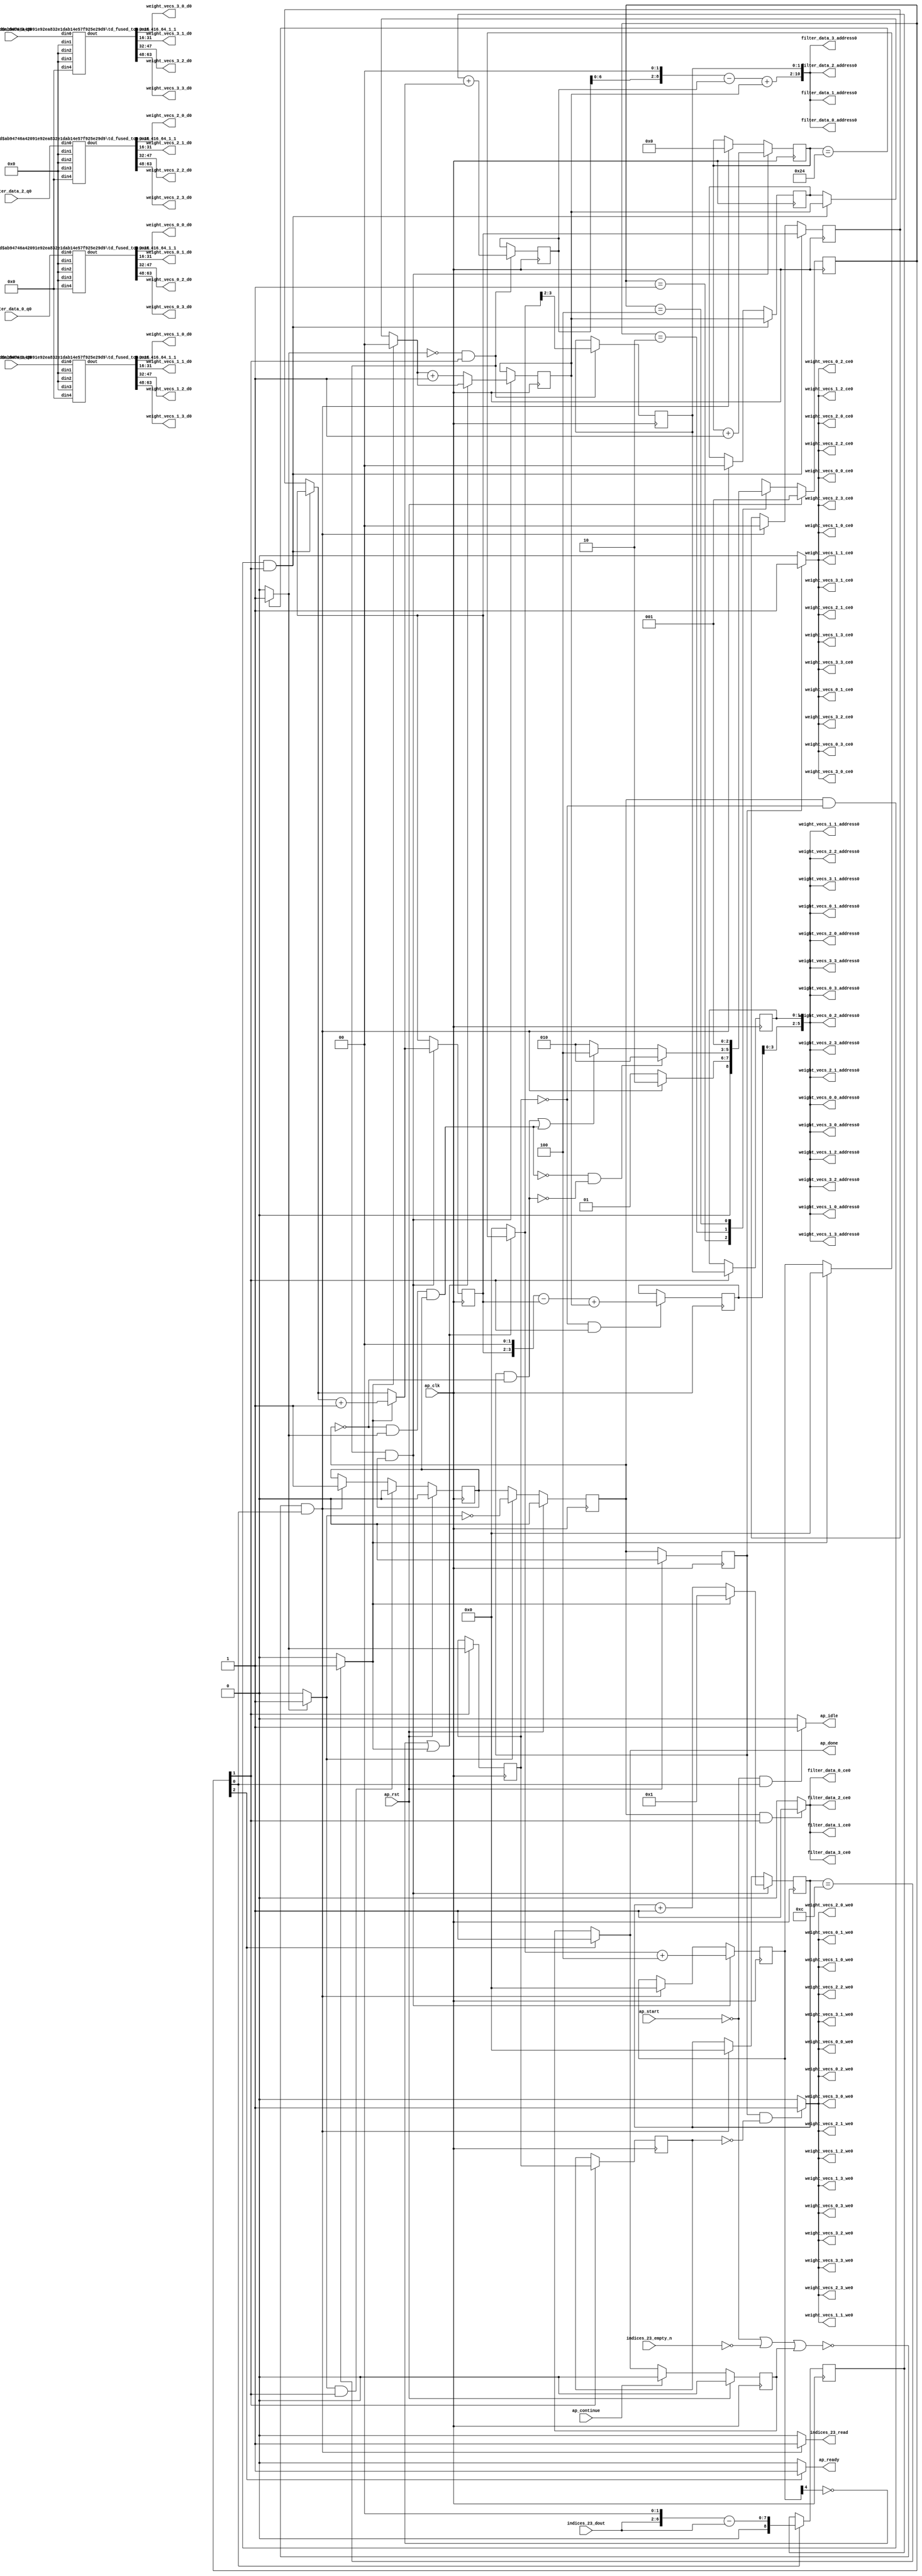
`define EXPONENT 5
`define MANTISSA 10
`define ACTUAL_MANTISSA 11
`define EXPONENT_LSB 10
`define EXPONENT_MSB 14
`define MANTISSA_LSB 0
`define MANTISSA_MSB 9
`define MANTISSA_MUL_SPLIT_LSB 3
`define MANTISSA_MUL_SPLIT_MSB 9
`define SIGN 1
`define SIGN_LOC 15
`define DWIDTH (`SIGN+`EXPONENT+`MANTISSA)
`define IEEE_COMPLIANCE 1

module td_fused_top_tdf4_readFilters36 (
        ap_clk,
        ap_rst,
        ap_start,
        ap_done,
        ap_continue,
        ap_idle,
        ap_ready,
        filter_data_0_address0,
        filter_data_0_ce0,
        filter_data_0_q0,
        filter_data_1_address0,
        filter_data_1_ce0,
        filter_data_1_q0,
        filter_data_2_address0,
        filter_data_2_ce0,
        filter_data_2_q0,
        filter_data_3_address0,
        filter_data_3_ce0,
        filter_data_3_q0,
        indices_23_dout,
        indices_23_empty_n,
        indices_23_read,
        weight_vecs_0_0_address0,
        weight_vecs_0_0_ce0,
        weight_vecs_0_0_we0,
        weight_vecs_0_0_d0,
        weight_vecs_0_1_address0,
        weight_vecs_0_1_ce0,
        weight_vecs_0_1_we0,
        weight_vecs_0_1_d0,
        weight_vecs_0_2_address0,
        weight_vecs_0_2_ce0,
        weight_vecs_0_2_we0,
        weight_vecs_0_2_d0,
        weight_vecs_0_3_address0,
        weight_vecs_0_3_ce0,
        weight_vecs_0_3_we0,
        weight_vecs_0_3_d0,
        weight_vecs_1_0_address0,
        weight_vecs_1_0_ce0,
        weight_vecs_1_0_we0,
        weight_vecs_1_0_d0,
        weight_vecs_1_1_address0,
        weight_vecs_1_1_ce0,
        weight_vecs_1_1_we0,
        weight_vecs_1_1_d0,
        weight_vecs_1_2_address0,
        weight_vecs_1_2_ce0,
        weight_vecs_1_2_we0,
        weight_vecs_1_2_d0,
        weight_vecs_1_3_address0,
        weight_vecs_1_3_ce0,
        weight_vecs_1_3_we0,
        weight_vecs_1_3_d0,
        weight_vecs_2_0_address0,
        weight_vecs_2_0_ce0,
        weight_vecs_2_0_we0,
        weight_vecs_2_0_d0,
        weight_vecs_2_1_address0,
        weight_vecs_2_1_ce0,
        weight_vecs_2_1_we0,
        weight_vecs_2_1_d0,
        weight_vecs_2_2_address0,
        weight_vecs_2_2_ce0,
        weight_vecs_2_2_we0,
        weight_vecs_2_2_d0,
        weight_vecs_2_3_address0,
        weight_vecs_2_3_ce0,
        weight_vecs_2_3_we0,
        weight_vecs_2_3_d0,
        weight_vecs_3_0_address0,
        weight_vecs_3_0_ce0,
        weight_vecs_3_0_we0,
        weight_vecs_3_0_d0,
        weight_vecs_3_1_address0,
        weight_vecs_3_1_ce0,
        weight_vecs_3_1_we0,
        weight_vecs_3_1_d0,
        weight_vecs_3_2_address0,
        weight_vecs_3_2_ce0,
        weight_vecs_3_2_we0,
        weight_vecs_3_2_d0,
        weight_vecs_3_3_address0,
        weight_vecs_3_3_ce0,
        weight_vecs_3_3_we0,
        weight_vecs_3_3_d0
);

parameter    ap_ST_fsm_state1 = 3'd1;
parameter    ap_ST_fsm_pp0_stage0 = 3'd2;
parameter    ap_ST_fsm_state5 = 3'd4;

input   ap_clk;
input   ap_rst;
input   ap_start;
output   ap_done;
input   ap_continue;
output   ap_idle;
output   ap_ready;
output  [10:0] filter_data_0_address0;
output   filter_data_0_ce0;
input  [63:0] filter_data_0_q0;
output  [10:0] filter_data_1_address0;
output   filter_data_1_ce0;
input  [63:0] filter_data_1_q0;
output  [10:0] filter_data_2_address0;
output   filter_data_2_ce0;
input  [63:0] filter_data_2_q0;
output  [10:0] filter_data_3_address0;
output   filter_data_3_ce0;
input  [63:0] filter_data_3_q0;
input  [4:0] indices_23_dout;
input   indices_23_empty_n;
output   indices_23_read;
output  [5:0] weight_vecs_0_0_address0;
output   weight_vecs_0_0_ce0;
output   weight_vecs_0_0_we0;
output  [15:0] weight_vecs_0_0_d0;
output  [5:0] weight_vecs_0_1_address0;
output   weight_vecs_0_1_ce0;
output   weight_vecs_0_1_we0;
output  [15:0] weight_vecs_0_1_d0;
output  [5:0] weight_vecs_0_2_address0;
output   weight_vecs_0_2_ce0;
output   weight_vecs_0_2_we0;
output  [15:0] weight_vecs_0_2_d0;
output  [5:0] weight_vecs_0_3_address0;
output   weight_vecs_0_3_ce0;
output   weight_vecs_0_3_we0;
output  [15:0] weight_vecs_0_3_d0;
output  [5:0] weight_vecs_1_0_address0;
output   weight_vecs_1_0_ce0;
output   weight_vecs_1_0_we0;
output  [15:0] weight_vecs_1_0_d0;
output  [5:0] weight_vecs_1_1_address0;
output   weight_vecs_1_1_ce0;
output   weight_vecs_1_1_we0;
output  [15:0] weight_vecs_1_1_d0;
output  [5:0] weight_vecs_1_2_address0;
output   weight_vecs_1_2_ce0;
output   weight_vecs_1_2_we0;
output  [15:0] weight_vecs_1_2_d0;
output  [5:0] weight_vecs_1_3_address0;
output   weight_vecs_1_3_ce0;
output   weight_vecs_1_3_we0;
output  [15:0] weight_vecs_1_3_d0;
output  [5:0] weight_vecs_2_0_address0;
output   weight_vecs_2_0_ce0;
output   weight_vecs_2_0_we0;
output  [15:0] weight_vecs_2_0_d0;
output  [5:0] weight_vecs_2_1_address0;
output   weight_vecs_2_1_ce0;
output   weight_vecs_2_1_we0;
output  [15:0] weight_vecs_2_1_d0;
output  [5:0] weight_vecs_2_2_address0;
output   weight_vecs_2_2_ce0;
output   weight_vecs_2_2_we0;
output  [15:0] weight_vecs_2_2_d0;
output  [5:0] weight_vecs_2_3_address0;
output   weight_vecs_2_3_ce0;
output   weight_vecs_2_3_we0;
output  [15:0] weight_vecs_2_3_d0;
output  [5:0] weight_vecs_3_0_address0;
output   weight_vecs_3_0_ce0;
output   weight_vecs_3_0_we0;
output  [15:0] weight_vecs_3_0_d0;
output  [5:0] weight_vecs_3_1_address0;
output   weight_vecs_3_1_ce0;
output   weight_vecs_3_1_we0;
output  [15:0] weight_vecs_3_1_d0;
output  [5:0] weight_vecs_3_2_address0;
output   weight_vecs_3_2_ce0;
output   weight_vecs_3_2_we0;
output  [15:0] weight_vecs_3_2_d0;
output  [5:0] weight_vecs_3_3_address0;
output   weight_vecs_3_3_ce0;
output   weight_vecs_3_3_we0;
output  [15:0] weight_vecs_3_3_d0;

reg ap_done;
reg ap_idle;
reg ap_ready;
reg filter_data_0_ce0;
reg filter_data_1_ce0;
reg filter_data_2_ce0;
reg filter_data_3_ce0;
reg indices_23_read;
reg weight_vecs_0_0_ce0;
reg weight_vecs_0_0_we0;
reg weight_vecs_0_1_ce0;
reg weight_vecs_0_1_we0;
reg weight_vecs_0_2_ce0;
reg weight_vecs_0_2_we0;
reg weight_vecs_0_3_ce0;
reg weight_vecs_0_3_we0;
reg weight_vecs_1_0_ce0;
reg weight_vecs_1_0_we0;
reg weight_vecs_1_1_ce0;
reg weight_vecs_1_1_we0;
reg weight_vecs_1_2_ce0;
reg weight_vecs_1_2_we0;
reg weight_vecs_1_3_ce0;
reg weight_vecs_1_3_we0;
reg weight_vecs_2_0_ce0;
reg weight_vecs_2_0_we0;
reg weight_vecs_2_1_ce0;
reg weight_vecs_2_1_we0;
reg weight_vecs_2_2_ce0;
reg weight_vecs_2_2_we0;
reg weight_vecs_2_3_ce0;
reg weight_vecs_2_3_we0;
reg weight_vecs_3_0_ce0;
reg weight_vecs_3_0_we0;
reg weight_vecs_3_1_ce0;
reg weight_vecs_3_1_we0;
reg weight_vecs_3_2_ce0;
reg weight_vecs_3_2_we0;
reg weight_vecs_3_3_ce0;
reg weight_vecs_3_3_we0;

reg    ap_done_reg;
  reg   [2:0] ap_CS_fsm;
wire    ap_CS_fsm_state1;
reg    indices_23_blk_n;
reg   [5:0] indvar_flatten13_reg_412;
reg   [1:0] ii_reg_423;
reg   [4:0] indvar_flatten_reg_434;
reg   [1:0] jj_reg_445;
reg   [4:0] kk_reg_456;
wire   [8:0] sext_ln47_fu_489_p1;
reg   [8:0] sext_ln47_reg_993;
wire   [5:0] add_ln47_4_fu_493_p2;
wire    ap_CS_fsm_pp0_stage0;
reg    ap_enable_reg_pp0_iter0;
wire    ap_block_state2_pp0_stage0_iter0;
wire    ap_block_state3_pp0_stage0_iter1;
wire    ap_block_state4_pp0_stage0_iter2;
wire    ap_block_pp0_stage0_11001;
wire   [0:0] icmp_ln47_fu_499_p2;
reg   [0:0] icmp_ln47_reg_1003;
reg   [0:0] icmp_ln47_reg_1003_pp0_iter1_reg;
wire   [1:0] select_ln47_8_fu_533_p3;
reg   [1:0] select_ln47_8_reg_1007;
wire   [8:0] add_ln55_fu_545_p2;
reg   [8:0] add_ln55_reg_1014;
wire   [1:0] select_ln48_7_fu_584_p3;
reg   [1:0] select_ln48_7_reg_1020;
reg   [1:0] lshr_ln_reg_1027;
reg   [1:0] lshr_ln_reg_1027_pp0_iter1_reg;
wire   [4:0] add_ln49_fu_602_p2;
wire   [4:0] select_ln48_8_fu_614_p3;
wire   [5:0] add_ln55_8_fu_678_p2;
reg   [5:0] add_ln55_8_reg_1043;
reg    ap_block_state1;
wire    ap_block_pp0_stage0_subdone;
reg    ap_condition_pp0_exit_iter0_state2;
reg    ap_enable_reg_pp0_iter1;
reg    ap_enable_reg_pp0_iter2;
reg   [1:0] ap_phi_mux_ii_phi_fu_427_p4;
wire    ap_block_pp0_stage0;
reg   [1:0] ap_phi_mux_jj_phi_fu_449_p4;
wire   [63:0] tmp_31_fu_684_p3;
wire   [63:0] sext_ln55_8_fu_701_p1;
wire   [6:0] tmp_29_fu_471_p3;
wire   [7:0] zext_ln55_21_fu_479_p1;
wire   [7:0] zext_ln55_fu_467_p1;
wire   [7:0] sub_ln55_fu_483_p2;
wire   [0:0] icmp_ln48_fu_511_p2;
wire   [1:0] add_ln47_fu_505_p2;
wire   [8:0] zext_ln55_23_fu_541_p1;
wire   [0:0] tmp_52_fu_550_p3;
wire   [0:0] xor_ln49_fu_558_p2;
wire   [1:0] select_ln47_fu_517_p3;
wire   [0:0] or_ln47_fu_564_p2;
wire   [4:0] select_ln47_7_fu_525_p3;
wire   [1:0] add_ln48_fu_570_p2;
wire   [4:0] select_ln48_fu_576_p3;
wire   [4:0] add_ln48_4_fu_608_p2;
wire   [10:0] tmp_51_fu_628_p3;
wire   [61:0] sext_ln55_7_fu_635_p1;
wire   [61:0] sext_ln55_fu_625_p1;
wire   [3:0] tmp_30_fu_645_p3;
wire   [4:0] zext_ln55_24_fu_652_p1;
wire   [4:0] zext_ln55_22_fu_622_p1;
wire   [4:0] sub_ln55_8_fu_656_p2;
wire   [61:0] sub_ln55_7_fu_639_p2;
wire   [61:0] zext_ln55_26_fu_669_p1;
wire   [5:0] sext_ln48_fu_662_p1;
wire   [5:0] zext_ln55_25_fu_666_p1;
wire   [61:0] add_ln55_7_fu_672_p2;
wire   [7:0] tmp_53_fu_695_p3;
wire   [63:0] tmp_fu_721_p6;
wire   [15:0] trunc_ln55_fu_735_p1;
wire   [63:0] tmp_s_fu_744_p6;
wire   [15:0] trunc_ln55_10_fu_758_p1;
wire   [63:0] tmp_1_fu_767_p6;
wire   [15:0] trunc_ln55_11_fu_781_p1;
wire   [63:0] tmp_2_fu_790_p6;
wire   [15:0] trunc_ln55_12_fu_804_p1;
wire   [15:0] tmp_155_i_i_fu_813_p4;
wire   [15:0] tmp_157_i_i_fu_828_p4;
wire   [15:0] tmp_159_i_i_fu_843_p4;
wire   [15:0] tmp_161_i_i_fu_858_p4;
wire   [15:0] tmp_163_i_i_fu_873_p4;
wire   [15:0] tmp_165_i_i_fu_888_p4;
wire   [15:0] tmp_167_i_i_fu_903_p4;
wire   [15:0] tmp_169_i_i_fu_918_p4;
wire   [15:0] tmp_171_i_i_fu_933_p4;
wire   [15:0] tmp_173_i_i_fu_948_p4;
wire   [15:0] tmp_175_i_i_fu_963_p4;
wire   [15:0] tmp_177_i_i_fu_978_p4;
wire    ap_CS_fsm_state5;
reg   [2:0] ap_NS_fsm;
reg    ap_idle_pp0;
wire    ap_enable_pp0;
wire    ap_ce_reg;

// power-on initialization
initial begin
#0 ap_done_reg = 1'b0;
#0 ap_CS_fsm = 3'd1;
#0 ap_enable_reg_pp0_iter0 = 1'b0;
#0 ap_enable_reg_pp0_iter1 = 1'b0;
#0 ap_enable_reg_pp0_iter2 = 1'b0;
end

td_fused_top_mux_416_64_1_1 #(
    .ID( 1 ),
    .NUM_STAGE( 1 ),
    .din0_WIDTH( 64 ),
    .din1_WIDTH( 64 ),
    .din2_WIDTH( 64 ),
    .din3_WIDTH( 64 ),
    .din4_WIDTH( 16 ),
    .dout_WIDTH( 64 ))
mux_416_64_1_1_U450(
    .din0(filter_data_0_q0),
    .din1(64'd0),
    .din2(64'd0),
    .din3(64'd0),
    .din4(16'd0),
    .dout(tmp_fu_721_p6)
);

td_fused_top_mux_416_64_1_1 #(
    .ID( 1 ),
    .NUM_STAGE( 1 ),
    .din0_WIDTH( 64 ),
    .din1_WIDTH( 64 ),
    .din2_WIDTH( 64 ),
    .din3_WIDTH( 64 ),
    .din4_WIDTH( 16 ),
    .dout_WIDTH( 64 ))
mux_416_64_1_1_U451(
    .din0(filter_data_1_q0),
    .din1(64'd0),
    .din2(64'd0),
    .din3(64'd0),
    .din4(16'd0),
    .dout(tmp_s_fu_744_p6)
);

td_fused_top_mux_416_64_1_1 #(
    .ID( 1 ),
    .NUM_STAGE( 1 ),
    .din0_WIDTH( 64 ),
    .din1_WIDTH( 64 ),
    .din2_WIDTH( 64 ),
    .din3_WIDTH( 64 ),
    .din4_WIDTH( 16 ),
    .dout_WIDTH( 64 ))
mux_416_64_1_1_U452(
    .din0(filter_data_2_q0),
    .din1(64'd0),
    .din2(64'd0),
    .din3(64'd0),
    .din4(16'd0),
    .dout(tmp_1_fu_767_p6)
);

td_fused_top_mux_416_64_1_1 #(
    .ID( 1 ),
    .NUM_STAGE( 1 ),
    .din0_WIDTH( 64 ),
    .din1_WIDTH( 64 ),
    .din2_WIDTH( 64 ),
    .din3_WIDTH( 64 ),
    .din4_WIDTH( 16 ),
    .dout_WIDTH( 64 ))
mux_416_64_1_1_U453(
    .din0(filter_data_3_q0),
    .din1(64'd0),
    .din2(64'd0),
    .din3(64'd0),
    .din4(16'd0),
    .dout(tmp_2_fu_790_p6)
);

always @ (posedge ap_clk) begin
    if (ap_rst == 1'b1) begin
        ap_CS_fsm <= ap_ST_fsm_state1;
    end else begin
        ap_CS_fsm <= ap_NS_fsm;
    end
end

always @ (posedge ap_clk) begin
    if (ap_rst == 1'b1) begin
        ap_done_reg <= 1'b0;
    end else begin
        if ((ap_continue == 1'b1)) begin
            ap_done_reg <= 1'b0;
        end else if ((1'b1 == ap_CS_fsm_state5)) begin
            ap_done_reg <= 1'b1;
        end
    end
end

always @ (posedge ap_clk) begin
    if (ap_rst == 1'b1) begin
        ap_enable_reg_pp0_iter0 <= 1'b0;
    end else begin
        if (((1'b1 == ap_condition_pp0_exit_iter0_state2) & (1'b1 == ap_CS_fsm_pp0_stage0) & (1'b0 == ap_block_pp0_stage0_subdone))) begin
            ap_enable_reg_pp0_iter0 <= 1'b0;
        end else if ((~((ap_start == 1'b0) | (indices_23_empty_n == 1'b0) | (ap_done_reg == 1'b1)) & (1'b1 == ap_CS_fsm_state1))) begin
            ap_enable_reg_pp0_iter0 <= 1'b1;
        end
    end
end

always @ (posedge ap_clk) begin
    if (ap_rst == 1'b1) begin
        ap_enable_reg_pp0_iter1 <= 1'b0;
    end else begin
        if ((1'b0 == ap_block_pp0_stage0_subdone)) begin
            if ((1'b1 == ap_condition_pp0_exit_iter0_state2)) begin
                ap_enable_reg_pp0_iter1 <= (1'b1 ^ ap_condition_pp0_exit_iter0_state2);
            end else if ((1'b1 == 1'b1)) begin
                ap_enable_reg_pp0_iter1 <= ap_enable_reg_pp0_iter0;
            end
        end
    end
end

always @ (posedge ap_clk) begin
    if (ap_rst == 1'b1) begin
        ap_enable_reg_pp0_iter2 <= 1'b0;
    end else begin
        if ((1'b0 == ap_block_pp0_stage0_subdone)) begin
            ap_enable_reg_pp0_iter2 <= ap_enable_reg_pp0_iter1;
        end else if ((~((ap_start == 1'b0) | (indices_23_empty_n == 1'b0) | (ap_done_reg == 1'b1)) & (1'b1 == ap_CS_fsm_state1))) begin
            ap_enable_reg_pp0_iter2 <= 1'b0;
        end
    end
end

always @ (posedge ap_clk) begin
    if (((ap_enable_reg_pp0_iter1 == 1'b1) & (icmp_ln47_reg_1003 == 1'd0) & (1'b1 == ap_CS_fsm_pp0_stage0) & (1'b0 == ap_block_pp0_stage0_11001))) begin
        ii_reg_423 <= select_ln47_8_reg_1007;
    end else if ((~((ap_start == 1'b0) | (indices_23_empty_n == 1'b0) | (ap_done_reg == 1'b1)) & (1'b1 == ap_CS_fsm_state1))) begin
        ii_reg_423 <= 2'd0;
    end
end

always @ (posedge ap_clk) begin
    if (((icmp_ln47_fu_499_p2 == 1'd0) & (1'b1 == ap_CS_fsm_pp0_stage0) & (1'b0 == ap_block_pp0_stage0_11001) & (ap_enable_reg_pp0_iter0 == 1'b1))) begin
        indvar_flatten13_reg_412 <= add_ln47_4_fu_493_p2;
    end else if ((~((ap_start == 1'b0) | (indices_23_empty_n == 1'b0) | (ap_done_reg == 1'b1)) & (1'b1 == ap_CS_fsm_state1))) begin
        indvar_flatten13_reg_412 <= 6'd0;
    end
end

always @ (posedge ap_clk) begin
    if (((icmp_ln47_fu_499_p2 == 1'd0) & (1'b1 == ap_CS_fsm_pp0_stage0) & (1'b0 == ap_block_pp0_stage0_11001) & (ap_enable_reg_pp0_iter0 == 1'b1))) begin
        indvar_flatten_reg_434 <= select_ln48_8_fu_614_p3;
    end else if ((~((ap_start == 1'b0) | (indices_23_empty_n == 1'b0) | (ap_done_reg == 1'b1)) & (1'b1 == ap_CS_fsm_state1))) begin
        indvar_flatten_reg_434 <= 5'd0;
    end
end

always @ (posedge ap_clk) begin
    if (((ap_enable_reg_pp0_iter1 == 1'b1) & (icmp_ln47_reg_1003 == 1'd0) & (1'b1 == ap_CS_fsm_pp0_stage0) & (1'b0 == ap_block_pp0_stage0_11001))) begin
        jj_reg_445 <= select_ln48_7_reg_1020;
    end else if ((~((ap_start == 1'b0) | (indices_23_empty_n == 1'b0) | (ap_done_reg == 1'b1)) & (1'b1 == ap_CS_fsm_state1))) begin
        jj_reg_445 <= 2'd0;
    end
end

always @ (posedge ap_clk) begin
    if (((icmp_ln47_fu_499_p2 == 1'd0) & (1'b1 == ap_CS_fsm_pp0_stage0) & (1'b0 == ap_block_pp0_stage0_11001) & (ap_enable_reg_pp0_iter0 == 1'b1))) begin
        kk_reg_456 <= add_ln49_fu_602_p2;
    end else if ((~((ap_start == 1'b0) | (indices_23_empty_n == 1'b0) | (ap_done_reg == 1'b1)) & (1'b1 == ap_CS_fsm_state1))) begin
        kk_reg_456 <= 5'd0;
    end
end

always @ (posedge ap_clk) begin
    if (((icmp_ln47_reg_1003 == 1'd0) & (1'b1 == ap_CS_fsm_pp0_stage0) & (1'b0 == ap_block_pp0_stage0_11001))) begin
        add_ln55_8_reg_1043 <= add_ln55_8_fu_678_p2;
    end
end

always @ (posedge ap_clk) begin
    if (((icmp_ln47_fu_499_p2 == 1'd0) & (1'b1 == ap_CS_fsm_pp0_stage0) & (1'b0 == ap_block_pp0_stage0_11001))) begin
        add_ln55_reg_1014 <= add_ln55_fu_545_p2;
        lshr_ln_reg_1027 <= {{select_ln48_fu_576_p3[3:2]}};
    end
end

always @ (posedge ap_clk) begin
    if (((1'b1 == ap_CS_fsm_pp0_stage0) & (1'b0 == ap_block_pp0_stage0_11001))) begin
        icmp_ln47_reg_1003 <= icmp_ln47_fu_499_p2;
        icmp_ln47_reg_1003_pp0_iter1_reg <= icmp_ln47_reg_1003;
        lshr_ln_reg_1027_pp0_iter1_reg <= lshr_ln_reg_1027;
    end
end

always @ (posedge ap_clk) begin
    if (((icmp_ln47_fu_499_p2 == 1'd0) & (1'b1 == ap_CS_fsm_pp0_stage0) & (1'b0 == ap_block_pp0_stage0_11001) & (ap_enable_reg_pp0_iter0 == 1'b1))) begin
        select_ln47_8_reg_1007 <= select_ln47_8_fu_533_p3;
        select_ln48_7_reg_1020 <= select_ln48_7_fu_584_p3;
    end
end

always @ (posedge ap_clk) begin
    if ((1'b1 == ap_CS_fsm_state1)) begin
        sext_ln47_reg_993 <= sext_ln47_fu_489_p1;
    end
end

always @ (*) begin
    if ((icmp_ln47_fu_499_p2 == 1'd1)) begin
        ap_condition_pp0_exit_iter0_state2 = 1'b1;
    end else begin
        ap_condition_pp0_exit_iter0_state2 = 1'b0;
    end
end

always @ (*) begin
    if ((1'b1 == ap_CS_fsm_state5)) begin
        ap_done = 1'b1;
    end else begin
        ap_done = ap_done_reg;
    end
end

always @ (*) begin
    if (((ap_start == 1'b0) & (1'b1 == ap_CS_fsm_state1))) begin
        ap_idle = 1'b1;
    end else begin
        ap_idle = 1'b0;
    end
end

always @ (*) begin
    if (((ap_enable_reg_pp0_iter2 == 1'b0) & (ap_enable_reg_pp0_iter1 == 1'b0) & (ap_enable_reg_pp0_iter0 == 1'b0))) begin
        ap_idle_pp0 = 1'b1;
    end else begin
        ap_idle_pp0 = 1'b0;
    end
end

always @ (*) begin
    if (((ap_enable_reg_pp0_iter1 == 1'b1) & (icmp_ln47_reg_1003 == 1'd0) & (1'b1 == ap_CS_fsm_pp0_stage0) & (1'b0 == ap_block_pp0_stage0))) begin
        ap_phi_mux_ii_phi_fu_427_p4 = select_ln47_8_reg_1007;
    end else begin
        ap_phi_mux_ii_phi_fu_427_p4 = ii_reg_423;
    end
end

always @ (*) begin
    if (((ap_enable_reg_pp0_iter1 == 1'b1) & (icmp_ln47_reg_1003 == 1'd0) & (1'b1 == ap_CS_fsm_pp0_stage0) & (1'b0 == ap_block_pp0_stage0))) begin
        ap_phi_mux_jj_phi_fu_449_p4 = select_ln48_7_reg_1020;
    end else begin
        ap_phi_mux_jj_phi_fu_449_p4 = jj_reg_445;
    end
end

always @ (*) begin
    if ((1'b1 == ap_CS_fsm_state5)) begin
        ap_ready = 1'b1;
    end else begin
        ap_ready = 1'b0;
    end
end

always @ (*) begin
    if (((ap_enable_reg_pp0_iter1 == 1'b1) & (1'b1 == ap_CS_fsm_pp0_stage0) & (1'b0 == ap_block_pp0_stage0_11001))) begin
        filter_data_0_ce0 = 1'b1;
    end else begin
        filter_data_0_ce0 = 1'b0;
    end
end

always @ (*) begin
    if (((ap_enable_reg_pp0_iter1 == 1'b1) & (1'b1 == ap_CS_fsm_pp0_stage0) & (1'b0 == ap_block_pp0_stage0_11001))) begin
        filter_data_1_ce0 = 1'b1;
    end else begin
        filter_data_1_ce0 = 1'b0;
    end
end

always @ (*) begin
    if (((ap_enable_reg_pp0_iter1 == 1'b1) & (1'b1 == ap_CS_fsm_pp0_stage0) & (1'b0 == ap_block_pp0_stage0_11001))) begin
        filter_data_2_ce0 = 1'b1;
    end else begin
        filter_data_2_ce0 = 1'b0;
    end
end

always @ (*) begin
    if (((ap_enable_reg_pp0_iter1 == 1'b1) & (1'b1 == ap_CS_fsm_pp0_stage0) & (1'b0 == ap_block_pp0_stage0_11001))) begin
        filter_data_3_ce0 = 1'b1;
    end else begin
        filter_data_3_ce0 = 1'b0;
    end
end

always @ (*) begin
    if ((~((ap_start == 1'b0) | (ap_done_reg == 1'b1)) & (1'b1 == ap_CS_fsm_state1))) begin
        indices_23_blk_n = indices_23_empty_n;
    end else begin
        indices_23_blk_n = 1'b1;
    end
end

always @ (*) begin
    if ((~((ap_start == 1'b0) | (indices_23_empty_n == 1'b0) | (ap_done_reg == 1'b1)) & (1'b1 == ap_CS_fsm_state1))) begin
        indices_23_read = 1'b1;
    end else begin
        indices_23_read = 1'b0;
    end
end

always @ (*) begin
    if (((ap_enable_reg_pp0_iter2 == 1'b1) & (1'b0 == ap_block_pp0_stage0_11001))) begin
        weight_vecs_0_0_ce0 = 1'b1;
    end else begin
        weight_vecs_0_0_ce0 = 1'b0;
    end
end

always @ (*) begin
    if (((ap_enable_reg_pp0_iter2 == 1'b1) & (icmp_ln47_reg_1003_pp0_iter1_reg == 1'd0) & (1'b0 == ap_block_pp0_stage0_11001))) begin
        weight_vecs_0_0_we0 = 1'b1;
    end else begin
        weight_vecs_0_0_we0 = 1'b0;
    end
end

always @ (*) begin
    if (((ap_enable_reg_pp0_iter2 == 1'b1) & (1'b0 == ap_block_pp0_stage0_11001))) begin
        weight_vecs_0_1_ce0 = 1'b1;
    end else begin
        weight_vecs_0_1_ce0 = 1'b0;
    end
end

always @ (*) begin
    if (((ap_enable_reg_pp0_iter2 == 1'b1) & (icmp_ln47_reg_1003_pp0_iter1_reg == 1'd0) & (1'b0 == ap_block_pp0_stage0_11001))) begin
        weight_vecs_0_1_we0 = 1'b1;
    end else begin
        weight_vecs_0_1_we0 = 1'b0;
    end
end

always @ (*) begin
    if (((ap_enable_reg_pp0_iter2 == 1'b1) & (1'b0 == ap_block_pp0_stage0_11001))) begin
        weight_vecs_0_2_ce0 = 1'b1;
    end else begin
        weight_vecs_0_2_ce0 = 1'b0;
    end
end

always @ (*) begin
    if (((ap_enable_reg_pp0_iter2 == 1'b1) & (icmp_ln47_reg_1003_pp0_iter1_reg == 1'd0) & (1'b0 == ap_block_pp0_stage0_11001))) begin
        weight_vecs_0_2_we0 = 1'b1;
    end else begin
        weight_vecs_0_2_we0 = 1'b0;
    end
end

always @ (*) begin
    if (((ap_enable_reg_pp0_iter2 == 1'b1) & (1'b0 == ap_block_pp0_stage0_11001))) begin
        weight_vecs_0_3_ce0 = 1'b1;
    end else begin
        weight_vecs_0_3_ce0 = 1'b0;
    end
end

always @ (*) begin
    if (((ap_enable_reg_pp0_iter2 == 1'b1) & (icmp_ln47_reg_1003_pp0_iter1_reg == 1'd0) & (1'b0 == ap_block_pp0_stage0_11001))) begin
        weight_vecs_0_3_we0 = 1'b1;
    end else begin
        weight_vecs_0_3_we0 = 1'b0;
    end
end

always @ (*) begin
    if (((ap_enable_reg_pp0_iter2 == 1'b1) & (1'b0 == ap_block_pp0_stage0_11001))) begin
        weight_vecs_1_0_ce0 = 1'b1;
    end else begin
        weight_vecs_1_0_ce0 = 1'b0;
    end
end

always @ (*) begin
    if (((ap_enable_reg_pp0_iter2 == 1'b1) & (icmp_ln47_reg_1003_pp0_iter1_reg == 1'd0) & (1'b0 == ap_block_pp0_stage0_11001))) begin
        weight_vecs_1_0_we0 = 1'b1;
    end else begin
        weight_vecs_1_0_we0 = 1'b0;
    end
end

always @ (*) begin
    if (((ap_enable_reg_pp0_iter2 == 1'b1) & (1'b0 == ap_block_pp0_stage0_11001))) begin
        weight_vecs_1_1_ce0 = 1'b1;
    end else begin
        weight_vecs_1_1_ce0 = 1'b0;
    end
end

always @ (*) begin
    if (((ap_enable_reg_pp0_iter2 == 1'b1) & (icmp_ln47_reg_1003_pp0_iter1_reg == 1'd0) & (1'b0 == ap_block_pp0_stage0_11001))) begin
        weight_vecs_1_1_we0 = 1'b1;
    end else begin
        weight_vecs_1_1_we0 = 1'b0;
    end
end

always @ (*) begin
    if (((ap_enable_reg_pp0_iter2 == 1'b1) & (1'b0 == ap_block_pp0_stage0_11001))) begin
        weight_vecs_1_2_ce0 = 1'b1;
    end else begin
        weight_vecs_1_2_ce0 = 1'b0;
    end
end

always @ (*) begin
    if (((ap_enable_reg_pp0_iter2 == 1'b1) & (icmp_ln47_reg_1003_pp0_iter1_reg == 1'd0) & (1'b0 == ap_block_pp0_stage0_11001))) begin
        weight_vecs_1_2_we0 = 1'b1;
    end else begin
        weight_vecs_1_2_we0 = 1'b0;
    end
end

always @ (*) begin
    if (((ap_enable_reg_pp0_iter2 == 1'b1) & (1'b0 == ap_block_pp0_stage0_11001))) begin
        weight_vecs_1_3_ce0 = 1'b1;
    end else begin
        weight_vecs_1_3_ce0 = 1'b0;
    end
end

always @ (*) begin
    if (((ap_enable_reg_pp0_iter2 == 1'b1) & (icmp_ln47_reg_1003_pp0_iter1_reg == 1'd0) & (1'b0 == ap_block_pp0_stage0_11001))) begin
        weight_vecs_1_3_we0 = 1'b1;
    end else begin
        weight_vecs_1_3_we0 = 1'b0;
    end
end

always @ (*) begin
    if (((ap_enable_reg_pp0_iter2 == 1'b1) & (1'b0 == ap_block_pp0_stage0_11001))) begin
        weight_vecs_2_0_ce0 = 1'b1;
    end else begin
        weight_vecs_2_0_ce0 = 1'b0;
    end
end

always @ (*) begin
    if (((ap_enable_reg_pp0_iter2 == 1'b1) & (icmp_ln47_reg_1003_pp0_iter1_reg == 1'd0) & (1'b0 == ap_block_pp0_stage0_11001))) begin
        weight_vecs_2_0_we0 = 1'b1;
    end else begin
        weight_vecs_2_0_we0 = 1'b0;
    end
end

always @ (*) begin
    if (((ap_enable_reg_pp0_iter2 == 1'b1) & (1'b0 == ap_block_pp0_stage0_11001))) begin
        weight_vecs_2_1_ce0 = 1'b1;
    end else begin
        weight_vecs_2_1_ce0 = 1'b0;
    end
end

always @ (*) begin
    if (((ap_enable_reg_pp0_iter2 == 1'b1) & (icmp_ln47_reg_1003_pp0_iter1_reg == 1'd0) & (1'b0 == ap_block_pp0_stage0_11001))) begin
        weight_vecs_2_1_we0 = 1'b1;
    end else begin
        weight_vecs_2_1_we0 = 1'b0;
    end
end

always @ (*) begin
    if (((ap_enable_reg_pp0_iter2 == 1'b1) & (1'b0 == ap_block_pp0_stage0_11001))) begin
        weight_vecs_2_2_ce0 = 1'b1;
    end else begin
        weight_vecs_2_2_ce0 = 1'b0;
    end
end

always @ (*) begin
    if (((ap_enable_reg_pp0_iter2 == 1'b1) & (icmp_ln47_reg_1003_pp0_iter1_reg == 1'd0) & (1'b0 == ap_block_pp0_stage0_11001))) begin
        weight_vecs_2_2_we0 = 1'b1;
    end else begin
        weight_vecs_2_2_we0 = 1'b0;
    end
end

always @ (*) begin
    if (((ap_enable_reg_pp0_iter2 == 1'b1) & (1'b0 == ap_block_pp0_stage0_11001))) begin
        weight_vecs_2_3_ce0 = 1'b1;
    end else begin
        weight_vecs_2_3_ce0 = 1'b0;
    end
end

always @ (*) begin
    if (((ap_enable_reg_pp0_iter2 == 1'b1) & (icmp_ln47_reg_1003_pp0_iter1_reg == 1'd0) & (1'b0 == ap_block_pp0_stage0_11001))) begin
        weight_vecs_2_3_we0 = 1'b1;
    end else begin
        weight_vecs_2_3_we0 = 1'b0;
    end
end

always @ (*) begin
    if (((ap_enable_reg_pp0_iter2 == 1'b1) & (1'b0 == ap_block_pp0_stage0_11001))) begin
        weight_vecs_3_0_ce0 = 1'b1;
    end else begin
        weight_vecs_3_0_ce0 = 1'b0;
    end
end

always @ (*) begin
    if (((ap_enable_reg_pp0_iter2 == 1'b1) & (icmp_ln47_reg_1003_pp0_iter1_reg == 1'd0) & (1'b0 == ap_block_pp0_stage0_11001))) begin
        weight_vecs_3_0_we0 = 1'b1;
    end else begin
        weight_vecs_3_0_we0 = 1'b0;
    end
end

always @ (*) begin
    if (((ap_enable_reg_pp0_iter2 == 1'b1) & (1'b0 == ap_block_pp0_stage0_11001))) begin
        weight_vecs_3_1_ce0 = 1'b1;
    end else begin
        weight_vecs_3_1_ce0 = 1'b0;
    end
end

always @ (*) begin
    if (((ap_enable_reg_pp0_iter2 == 1'b1) & (icmp_ln47_reg_1003_pp0_iter1_reg == 1'd0) & (1'b0 == ap_block_pp0_stage0_11001))) begin
        weight_vecs_3_1_we0 = 1'b1;
    end else begin
        weight_vecs_3_1_we0 = 1'b0;
    end
end

always @ (*) begin
    if (((ap_enable_reg_pp0_iter2 == 1'b1) & (1'b0 == ap_block_pp0_stage0_11001))) begin
        weight_vecs_3_2_ce0 = 1'b1;
    end else begin
        weight_vecs_3_2_ce0 = 1'b0;
    end
end

always @ (*) begin
    if (((ap_enable_reg_pp0_iter2 == 1'b1) & (icmp_ln47_reg_1003_pp0_iter1_reg == 1'd0) & (1'b0 == ap_block_pp0_stage0_11001))) begin
        weight_vecs_3_2_we0 = 1'b1;
    end else begin
        weight_vecs_3_2_we0 = 1'b0;
    end
end

always @ (*) begin
    if (((ap_enable_reg_pp0_iter2 == 1'b1) & (1'b0 == ap_block_pp0_stage0_11001))) begin
        weight_vecs_3_3_ce0 = 1'b1;
    end else begin
        weight_vecs_3_3_ce0 = 1'b0;
    end
end

always @ (*) begin
    if (((ap_enable_reg_pp0_iter2 == 1'b1) & (icmp_ln47_reg_1003_pp0_iter1_reg == 1'd0) & (1'b0 == ap_block_pp0_stage0_11001))) begin
        weight_vecs_3_3_we0 = 1'b1;
    end else begin
        weight_vecs_3_3_we0 = 1'b0;
    end
end

always @ (*) begin
    case (ap_CS_fsm)
        ap_ST_fsm_state1 : begin
            if ((~((ap_start == 1'b0) | (indices_23_empty_n == 1'b0) | (ap_done_reg == 1'b1)) & (1'b1 == ap_CS_fsm_state1))) begin
                ap_NS_fsm = ap_ST_fsm_pp0_stage0;
            end else begin
                ap_NS_fsm = ap_ST_fsm_state1;
            end
        end
        ap_ST_fsm_pp0_stage0 : begin
            if ((~((ap_enable_reg_pp0_iter1 == 1'b0) & (icmp_ln47_fu_499_p2 == 1'd1) & (1'b0 == ap_block_pp0_stage0_subdone) & (ap_enable_reg_pp0_iter0 == 1'b1)) & ~((ap_enable_reg_pp0_iter2 == 1'b1) & (ap_enable_reg_pp0_iter1 == 1'b0) & (1'b0 == ap_block_pp0_stage0_subdone)))) begin
                ap_NS_fsm = ap_ST_fsm_pp0_stage0;
            end else if ((((ap_enable_reg_pp0_iter2 == 1'b1) & (ap_enable_reg_pp0_iter1 == 1'b0) & (1'b0 == ap_block_pp0_stage0_subdone)) | ((ap_enable_reg_pp0_iter1 == 1'b0) & (icmp_ln47_fu_499_p2 == 1'd1) & (1'b0 == ap_block_pp0_stage0_subdone) & (ap_enable_reg_pp0_iter0 == 1'b1)))) begin
                ap_NS_fsm = ap_ST_fsm_state5;
            end else begin
                ap_NS_fsm = ap_ST_fsm_pp0_stage0;
            end
        end
        ap_ST_fsm_state5 : begin
            ap_NS_fsm = ap_ST_fsm_state1;
        end
        default : begin
            ap_NS_fsm = 'bx;
        end
    endcase
end

assign add_ln47_4_fu_493_p2 = (indvar_flatten13_reg_412 + 6'd1);

assign add_ln47_fu_505_p2 = (ap_phi_mux_ii_phi_fu_427_p4 + 2'd1);

assign add_ln48_4_fu_608_p2 = (indvar_flatten_reg_434 + 5'd1);

assign add_ln48_fu_570_p2 = (select_ln47_fu_517_p3 + 2'd1);

assign add_ln49_fu_602_p2 = (select_ln48_fu_576_p3 + 5'd4);

assign add_ln55_7_fu_672_p2 = (sub_ln55_7_fu_639_p2 + zext_ln55_26_fu_669_p1);

assign add_ln55_8_fu_678_p2 = ((sext_ln48_fu_662_p1) + (zext_ln55_25_fu_666_p1));

assign add_ln55_fu_545_p2 = ((sext_ln47_reg_993) + (zext_ln55_23_fu_541_p1));

assign ap_CS_fsm_pp0_stage0 = ap_CS_fsm[32'd1];

assign ap_CS_fsm_state1 = ap_CS_fsm[32'd0];

assign ap_CS_fsm_state5 = ap_CS_fsm[32'd2];

assign ap_block_pp0_stage0 = ~(1'b1 == 1'b1);

assign ap_block_pp0_stage0_11001 = ~(1'b1 == 1'b1);

assign ap_block_pp0_stage0_subdone = ~(1'b1 == 1'b1);

always @ (*) begin
    ap_block_state1 = ((ap_start == 1'b0) | (indices_23_empty_n == 1'b0) | (ap_done_reg == 1'b1));
end

assign ap_block_state2_pp0_stage0_iter0 = ~(1'b1 == 1'b1);

assign ap_block_state3_pp0_stage0_iter1 = ~(1'b1 == 1'b1);

assign ap_block_state4_pp0_stage0_iter2 = ~(1'b1 == 1'b1);

assign ap_enable_pp0 = (ap_idle_pp0 ^ 1'b1);

assign filter_data_0_address0 = tmp_31_fu_684_p3;

assign filter_data_1_address0 = tmp_31_fu_684_p3;

assign filter_data_2_address0 = tmp_31_fu_684_p3;

assign filter_data_3_address0 = tmp_31_fu_684_p3;

assign icmp_ln47_fu_499_p2 = ((indvar_flatten13_reg_412 == 6'd36) ? 1'b1 : 1'b0);

assign icmp_ln48_fu_511_p2 = ((indvar_flatten_reg_434 == 5'd12) ? 1'b1 : 1'b0);

assign or_ln47_fu_564_p2 = (xor_ln49_fu_558_p2 | icmp_ln48_fu_511_p2);

assign select_ln47_7_fu_525_p3 = ((icmp_ln48_fu_511_p2[0:0] == 1'b1) ? 5'd0 : kk_reg_456);

assign select_ln47_8_fu_533_p3 = ((icmp_ln48_fu_511_p2[0:0] == 1'b1) ? add_ln47_fu_505_p2 : ap_phi_mux_ii_phi_fu_427_p4);

assign select_ln47_fu_517_p3 = ((icmp_ln48_fu_511_p2[0:0] == 1'b1) ? 2'd0 : ap_phi_mux_jj_phi_fu_449_p4);

assign select_ln48_7_fu_584_p3 = ((or_ln47_fu_564_p2[0:0] == 1'b1) ? select_ln47_fu_517_p3 : add_ln48_fu_570_p2);

assign select_ln48_8_fu_614_p3 = ((icmp_ln48_fu_511_p2[0:0] == 1'b1) ? 5'd1 : add_ln48_4_fu_608_p2);

assign select_ln48_fu_576_p3 = ((or_ln47_fu_564_p2[0:0] == 1'b1) ? select_ln47_7_fu_525_p3 : 5'd0);

assign sext_ln47_fu_489_p1 = (sub_ln55_fu_483_p2);

assign sext_ln48_fu_662_p1 = (sub_ln55_8_fu_656_p2);

assign sext_ln55_7_fu_635_p1 = (tmp_51_fu_628_p3);

assign sext_ln55_8_fu_701_p1 = (tmp_53_fu_695_p3);

assign sext_ln55_fu_625_p1 = add_ln55_reg_1014;

assign sub_ln55_7_fu_639_p2 = ((sext_ln55_7_fu_635_p1) - (sext_ln55_fu_625_p1));

assign sub_ln55_8_fu_656_p2 = (zext_ln55_24_fu_652_p1 - zext_ln55_22_fu_622_p1);

assign sub_ln55_fu_483_p2 = (zext_ln55_21_fu_479_p1 - zext_ln55_fu_467_p1);

assign tmp_155_i_i_fu_813_p4 = {{tmp_fu_721_p6[31:16]}};

assign tmp_157_i_i_fu_828_p4 = {{tmp_s_fu_744_p6[31:16]}};

assign tmp_159_i_i_fu_843_p4 = {{tmp_1_fu_767_p6[31:16]}};

assign tmp_161_i_i_fu_858_p4 = {{tmp_2_fu_790_p6[31:16]}};

assign tmp_163_i_i_fu_873_p4 = {{tmp_fu_721_p6[47:32]}};

assign tmp_165_i_i_fu_888_p4 = {{tmp_s_fu_744_p6[47:32]}};

assign tmp_167_i_i_fu_903_p4 = {{tmp_1_fu_767_p6[47:32]}};

assign tmp_169_i_i_fu_918_p4 = {{tmp_2_fu_790_p6[47:32]}};

assign tmp_171_i_i_fu_933_p4 = {{tmp_fu_721_p6[63:48]}};

assign tmp_173_i_i_fu_948_p4 = {{tmp_s_fu_744_p6[63:48]}};

assign tmp_175_i_i_fu_963_p4 = {{tmp_1_fu_767_p6[63:48]}};

assign tmp_177_i_i_fu_978_p4 = {{tmp_2_fu_790_p6[63:48]}};

assign tmp_29_fu_471_p3 = {{indices_23_dout}, {2'd0}};

assign tmp_30_fu_645_p3 = {{select_ln47_8_reg_1007}, {2'd0}};

assign tmp_31_fu_684_p3 = {{add_ln55_7_fu_672_p2}, {lshr_ln_reg_1027}};

assign tmp_51_fu_628_p3 = {{add_ln55_reg_1014}, {2'd0}};

assign tmp_52_fu_550_p3 = kk_reg_456[32'd4];

assign tmp_53_fu_695_p3 = {{add_ln55_8_reg_1043}, {lshr_ln_reg_1027_pp0_iter1_reg}};

assign trunc_ln55_10_fu_758_p1 = tmp_s_fu_744_p6[15:0];

assign trunc_ln55_11_fu_781_p1 = tmp_1_fu_767_p6[15:0];

assign trunc_ln55_12_fu_804_p1 = tmp_2_fu_790_p6[15:0];

assign trunc_ln55_fu_735_p1 = tmp_fu_721_p6[15:0];

assign weight_vecs_0_0_address0 = sext_ln55_8_fu_701_p1;

assign weight_vecs_0_0_d0 = trunc_ln55_fu_735_p1;

assign weight_vecs_0_1_address0 = sext_ln55_8_fu_701_p1;

assign weight_vecs_0_1_d0 = tmp_155_i_i_fu_813_p4;

assign weight_vecs_0_2_address0 = sext_ln55_8_fu_701_p1;

assign weight_vecs_0_2_d0 = tmp_163_i_i_fu_873_p4;

assign weight_vecs_0_3_address0 = sext_ln55_8_fu_701_p1;

assign weight_vecs_0_3_d0 = tmp_171_i_i_fu_933_p4;

assign weight_vecs_1_0_address0 = sext_ln55_8_fu_701_p1;

assign weight_vecs_1_0_d0 = trunc_ln55_10_fu_758_p1;

assign weight_vecs_1_1_address0 = sext_ln55_8_fu_701_p1;

assign weight_vecs_1_1_d0 = tmp_157_i_i_fu_828_p4;

assign weight_vecs_1_2_address0 = sext_ln55_8_fu_701_p1;

assign weight_vecs_1_2_d0 = tmp_165_i_i_fu_888_p4;

assign weight_vecs_1_3_address0 = sext_ln55_8_fu_701_p1;

assign weight_vecs_1_3_d0 = tmp_173_i_i_fu_948_p4;

assign weight_vecs_2_0_address0 = sext_ln55_8_fu_701_p1;

assign weight_vecs_2_0_d0 = trunc_ln55_11_fu_781_p1;

assign weight_vecs_2_1_address0 = sext_ln55_8_fu_701_p1;

assign weight_vecs_2_1_d0 = tmp_159_i_i_fu_843_p4;

assign weight_vecs_2_2_address0 = sext_ln55_8_fu_701_p1;

assign weight_vecs_2_2_d0 = tmp_167_i_i_fu_903_p4;

assign weight_vecs_2_3_address0 = sext_ln55_8_fu_701_p1;

assign weight_vecs_2_3_d0 = tmp_175_i_i_fu_963_p4;

assign weight_vecs_3_0_address0 = sext_ln55_8_fu_701_p1;

assign weight_vecs_3_0_d0 = trunc_ln55_12_fu_804_p1;

assign weight_vecs_3_1_address0 = sext_ln55_8_fu_701_p1;

assign weight_vecs_3_1_d0 = tmp_161_i_i_fu_858_p4;

assign weight_vecs_3_2_address0 = sext_ln55_8_fu_701_p1;

assign weight_vecs_3_2_d0 = tmp_169_i_i_fu_918_p4;

assign weight_vecs_3_3_address0 = sext_ln55_8_fu_701_p1;

assign weight_vecs_3_3_d0 = tmp_177_i_i_fu_978_p4;

assign xor_ln49_fu_558_p2 = (tmp_52_fu_550_p3 ^ 1'd1);

assign zext_ln55_21_fu_479_p1 = tmp_29_fu_471_p3;

assign zext_ln55_22_fu_622_p1 = select_ln47_8_reg_1007;

assign zext_ln55_23_fu_541_p1 = select_ln47_8_fu_533_p3;

assign zext_ln55_24_fu_652_p1 = tmp_30_fu_645_p3;

assign zext_ln55_25_fu_666_p1 = select_ln48_7_reg_1020;

assign zext_ln55_26_fu_669_p1 = select_ln48_7_reg_1020;

assign zext_ln55_fu_467_p1 = indices_23_dout;

endmodule //td_fused_top_tdf4_readFilters36

module td_fused_top_mux_416_64_1_1 #(
parameter
    ID                = 0,
    NUM_STAGE         = 1,
    din0_WIDTH       = 32,
    din1_WIDTH       = 32,
    din2_WIDTH       = 32,
    din3_WIDTH       = 32,
    din4_WIDTH         = 32,
    dout_WIDTH            = 32
)(
    input  [63 : 0]     din0,
    input  [63 : 0]     din1,
    input  [63 : 0]     din2,
    input  [63 : 0]     din3,
    input  [15 : 0]    din4,
    output [63 : 0]   dout);

// puts internal signals
wire [15 : 0]     sel;
// level 1 signals
wire [63 : 0]         mux_1_0;
wire [63 : 0]         mux_1_1;
// level 2 signals
wire [63 : 0]         mux_2_0;
// level 3 signals
wire [63 : 0]         mux_3_0;
// level 4 signals
wire [63 : 0]         mux_4_0;
// level 5 signals
wire [63 : 0]         mux_5_0;
// level 6 signals
wire [63 : 0]         mux_6_0;
// level 7 signals
wire [63 : 0]         mux_7_0;
// level 8 signals
wire [63 : 0]         mux_8_0;
// level 9 signals
wire [63 : 0]         mux_9_0;
// level 10 signals
wire [63 : 0]         mux_10_0;
// level 11 signals
wire [63 : 0]         mux_11_0;
// level 12 signals
wire [63 : 0]         mux_12_0;
// level 13 signals
wire [63 : 0]         mux_13_0;
// level 14 signals
wire [63 : 0]         mux_14_0;
// level 15 signals
wire [63 : 0]         mux_15_0;
// level 16 signals
wire [63 : 0]         mux_16_0;

assign sel = din4;

// Generate level 1 logic
assign mux_1_0 = (sel[0] == 0)? din0 : din1;
assign mux_1_1 = (sel[0] == 0)? din2 : din3;

// Generate level 2 logic
assign mux_2_0 = (sel[1] == 0)? mux_1_0 : mux_1_1;

// Generate level 3 logic
assign mux_3_0 = mux_2_0;

// Generate level 4 logic
assign mux_4_0 = mux_3_0;

// Generate level 5 logic
assign mux_5_0 = mux_4_0;

// Generate level 6 logic
assign mux_6_0 = mux_5_0;

// Generate level 7 logic
assign mux_7_0 = mux_6_0;

// Generate level 8 logic
assign mux_8_0 = mux_7_0;

// Generate level 9 logic
assign mux_9_0 = mux_8_0;

// Generate level 10 logic
assign mux_10_0 = mux_9_0;

// Generate level 11 logic
assign mux_11_0 = mux_10_0;

// Generate level 12 logic
assign mux_12_0 = mux_11_0;

// Generate level 13 logic
assign mux_13_0 = mux_12_0;

// Generate level 14 logic
assign mux_14_0 = mux_13_0;

// Generate level 15 logic
assign mux_15_0 = mux_14_0;

// Generate level 16 logic
assign mux_16_0 = mux_15_0;

// output logic
assign dout = mux_16_0;

endmodule